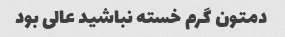
دمتون گرم خسته نباشید عالی بود